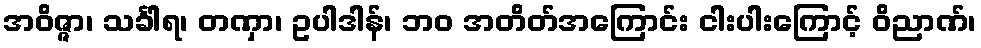
အဝိဇ္ဇာ၊ သင်္ခါရ၊ တဏှာ၊ ဥပါဒါန်၊ ဘဝ အတိတ်အကြောင်း ငါးပါးကြောင့် ဝိညာဏ်၊